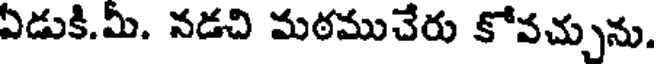
ఏడుకి.మీ. నడచి మఠముచేరు కోవచ్చును.